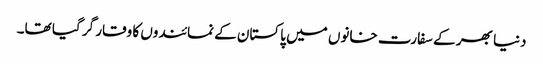
دنیا بھر کے سفارت خانوں میں پاکستان کے نمائندوں کا وقار گر گیا تھا۔